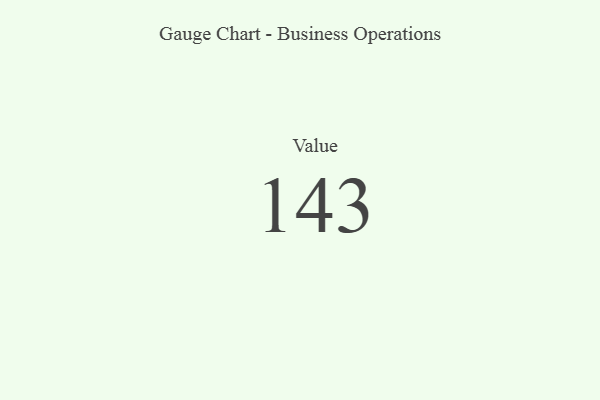
{"axis": {"x": "Metric", "y": "Value"}, "legend": [""], "data": [{"x": "Value", "y": 143, "type": ""}]}